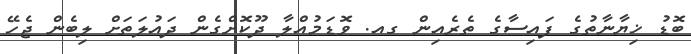
ބޮޑު ޚިޔާނާތުގެ ފައިސާގެ ތެރެއިން ގއ. ވޮޑަމުއްލާ ދޫކޮށްގެން ދައުލަތަށް ލިބެން ޖެހޭ